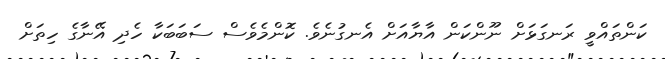
ކަންތައްވީ ރަނގަޅަށް ނޫންކަން އާޔާއަށް އެނގުނެވެ. ކޮންމެވެސް ސަބަބަކާ ހެދި އޭނާގެ ހިތަށް